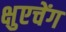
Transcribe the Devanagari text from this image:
क्षुएचेंग